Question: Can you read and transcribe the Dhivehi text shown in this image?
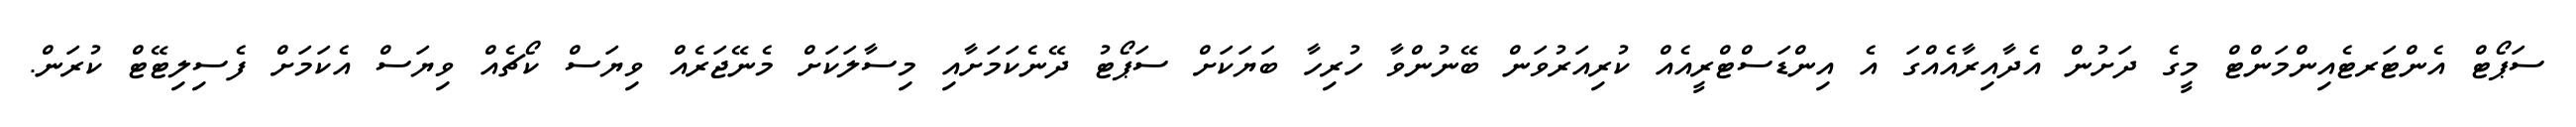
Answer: ސަޕޯޓް އެންޓަރޓެއިންމަންޓް މީގެ ދަށުން އެދާއިރާއެއްގަ އެ އިންޑަސްޓްރީއެއް ކުރިއަރުވަން ބޭނުންވާ ހުރިހާ ބަޔަކަށް ސަޕޯޓު ދޭނެކަމަށާއި މިސާލަކަށް މެނޭޖަރެއް ވިޔަސް ކޯޗެއް ވިޔަސް އެކަމަށް ފެސިލިޓޭޓް ކުރަން.